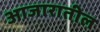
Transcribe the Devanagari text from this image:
आजारातील